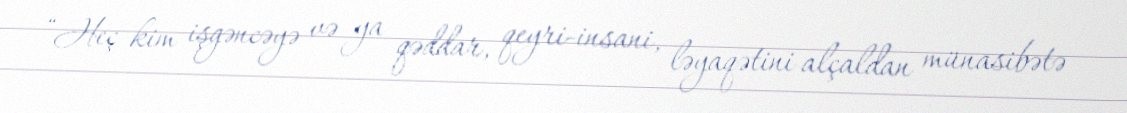
“Heç kim işgəncəyə və ya qəddar, qeyri-insani, ləyaqətini alçaldan münasibətə